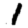
Digit: 1